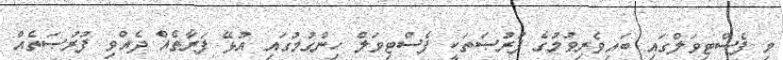
މި ފެސްޓިވަލްގައި ބައިވެރިވުމުގެ ފުރުޞަތަކީ ފެސްޓިވަލް ހިންގުމުގައި އުޅޭ ފަރާތެއް ދެއްވި ފުރުޞަތެއް